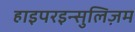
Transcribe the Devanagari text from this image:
हाइपरइन्सुलिज़म